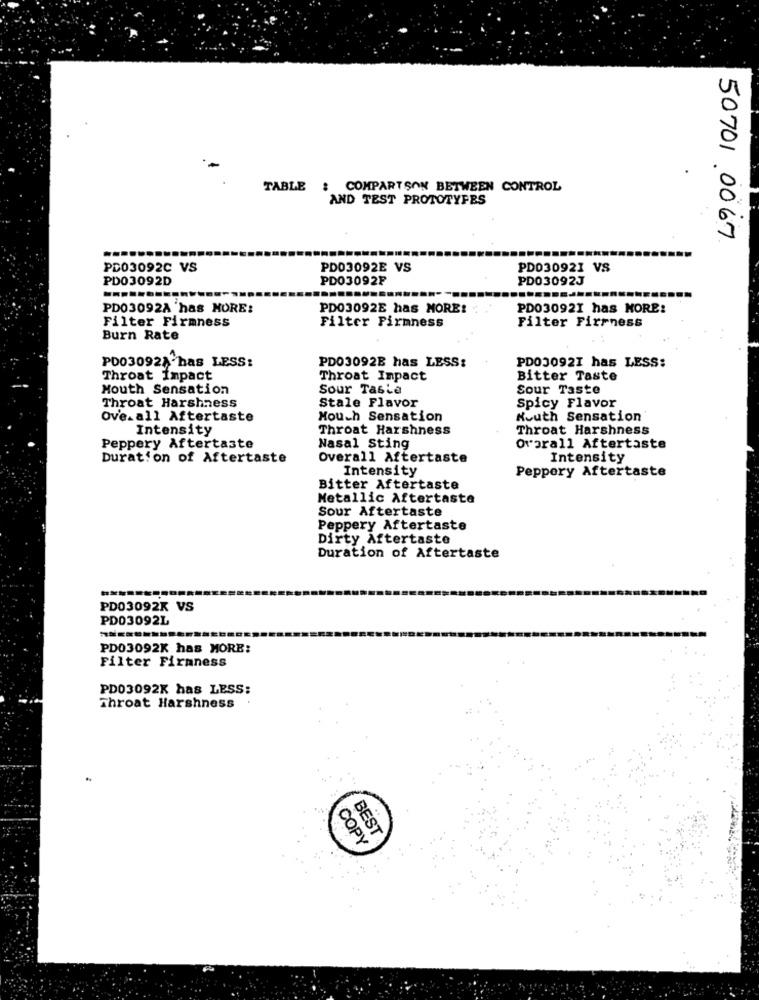
TABLE : COMPARTSON BETWEEN CONTROL
AND TEST PROTOTYPES
50701 0067
PD03092C VS
PDO3092E VS
PD030921 VS
PDO3092D
PD03092F
PD03092J
PD03092A 'has MORE:
PD03092E has MORE!
PD030921 has MORE!
Filter Firmness
Filter Firmness
Filter Firrness
Burn Rate
PD03092B has LESS:
PD03092I has LESS:
PD03092A has LESS:
Throat Impact
Throat Impact
Bitter Taste
Mouth Sensation
Sour Taste
Sour Taste
Throat Harshness
Stale Flavor
Spicy Flavor
Overall Aftertaste
Mouch Sensation
Nouth Sensation
Intensity
Throat Harshness
Throat Harshness
Peppery Aftertaste
Nasal Sting
overall Aftertaste
Duration of Aftertaste
Overall Aftertaste
Intensity
Intensity
Peppery Aftertaste
Bitter Aftertaste
Metallic Aftertaste
Sour Aftertaste
Peppery Aftertaste
Dirty Aftertaste
Duration of Aftertaste
PD03092K VS
PD03092L
PD03092K has MORE:
Filter Firmness
PD03092K has LESS:
Throat Harshness
BEST
COPY